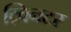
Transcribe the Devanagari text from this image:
ट्विनटर